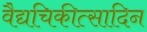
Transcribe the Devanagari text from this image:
वैद्यचिकीत्सादिन